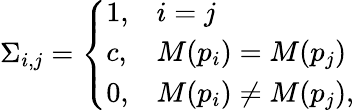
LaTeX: \Sigma_{i,j}=\left\{ \begin{array}{ll}{1,}&{i=j}\\ {c,}&{M(p_{i})=M(p_{j})}\\ {0,}&{M(p_{i})\neq M(p_{j}),}\end{array}\right.